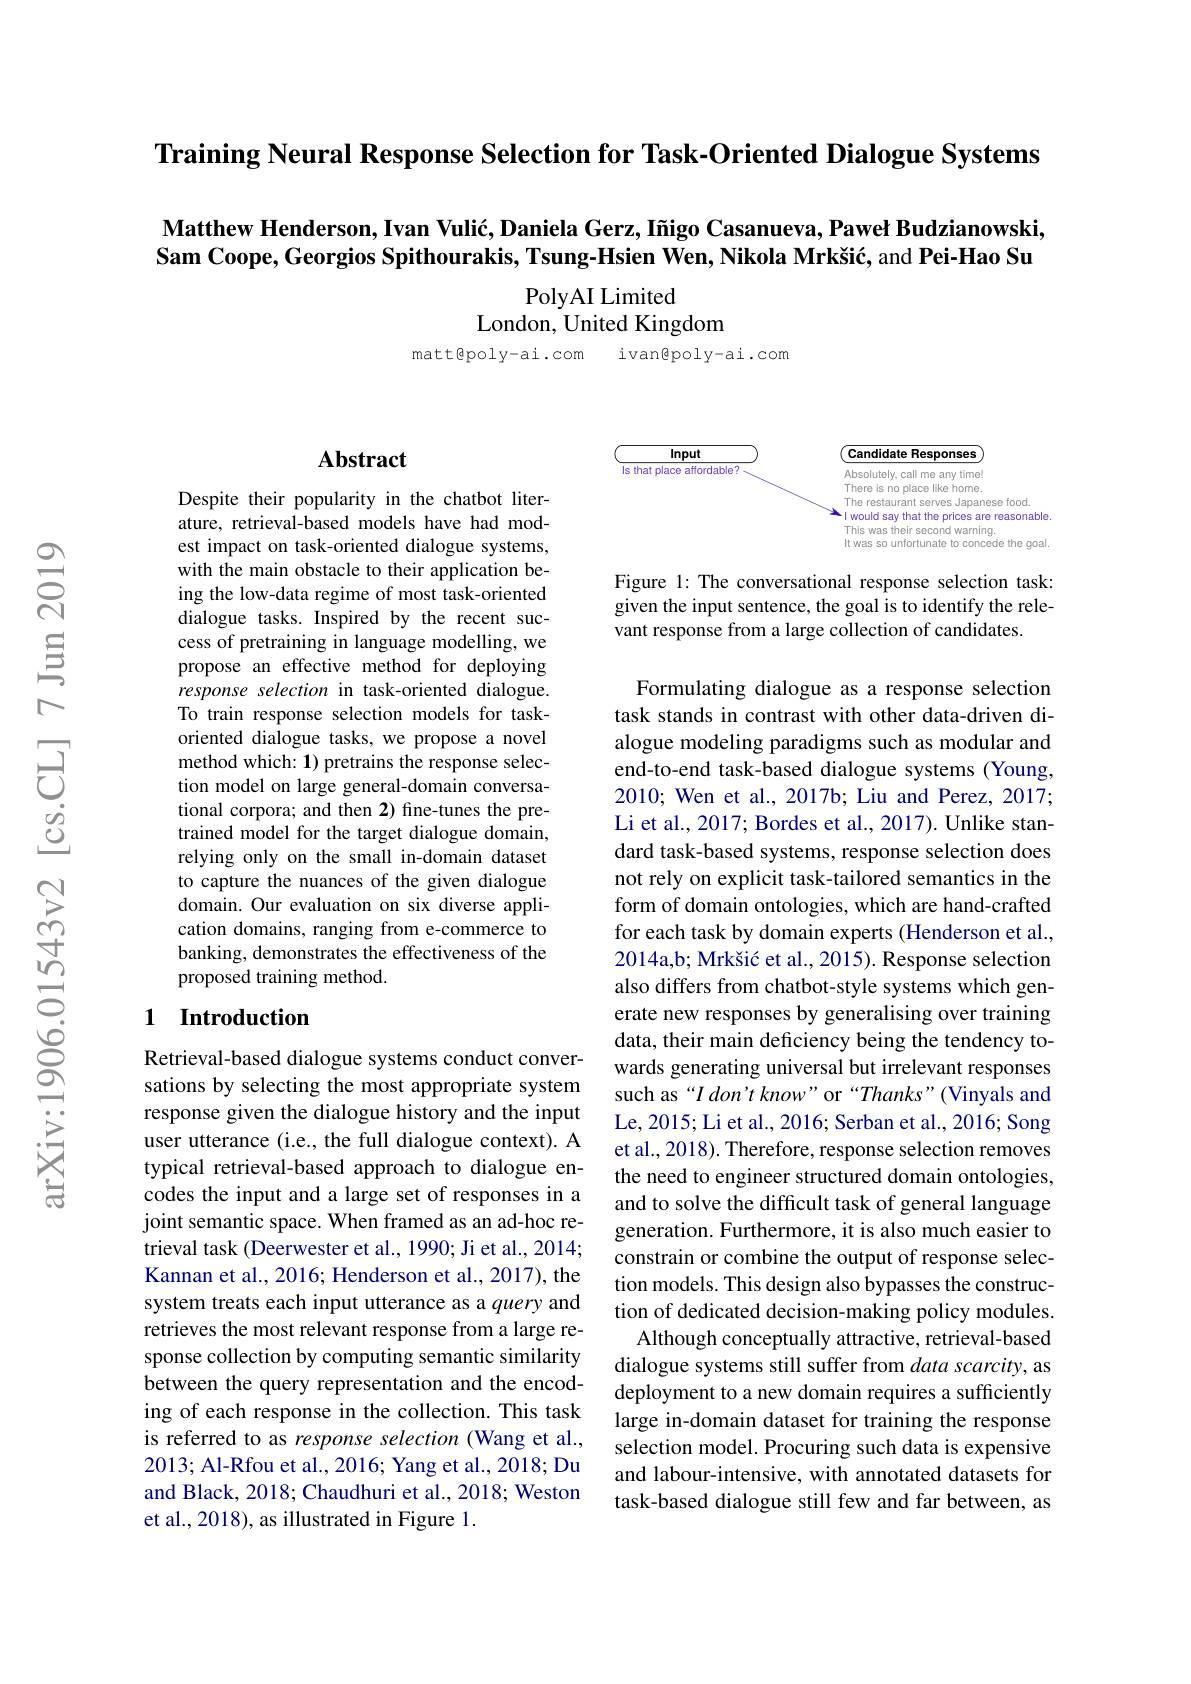
Training Neural Response Selection for Task-Oriented Dialogue Systems

### $\textbf{Matthew Henderson, Ivan Vuli\' {c}, Daniela Gerz, I\~ {n}igo Casanueva, Paweł Budzianowski, }$ Sam Coope, Georgios Spithourakis, Tsung-Hsien Wen, Nikola Mrkšić, and Pei-Hao Su

PolyAI Limited
London, United Kingdom

mattepoly-ai.com

ivangpoly-ai.com

### $\mathbf{Abstract}$

Despite their popularity in the chatbot literature, retrieval-based models have had modest impact on task-oriented dialogue systems, with the main obstacle to their application being the low-data regime of most task-oriented dialogue tasks. Inspired by the recent success of pretraining in language modelling, we propose an effective method for deploying response selection in task-oriented dialogue. To train response selection models for taskoriented dialogue tasks, we propose a novel method which: 1) pretrains the response selection model on large general-domain conversational corpora; and then 2) fine-tunes the pretrained model for the target dialogue domain, relying only on the small in-domain dataset to capture the nuances of the given dialogue domain. Our evaluation on six diverse application domains, ranging from e-commerce to banking, demonstrates the effectiveness of the proposed training method.

### 1 Introduction

Retrieval-based dialogue systems conduct conversations by selecting the most appropriate system response given the dialogue history and the input user utterance (i.e., the full dialogue context). A typical retrieval-based approach to dialogue encodes the input and a large set of responses in a joint semantic space. When framed as an ad-hoc retrieval task (Deerwester et al., 1990; Ji et al., 2014; Kannan et al., 2016; Henderson et al., 2017), the system treats each input utterance as a query and retrieves the most relevant response from a large response collection by computing semantic similarity between the query representation and the encoding of each response in the collection. This task is referred to as response selection (Wang et al., 2013; Al-Rfou et al., 2016; Yang et al., 2018; Du and Black, 2018; Chaudhuri et al., 2018; Weston et al., 2018), as illustrated in Figure 1.

<FigureHere>

Figure 1: The conversational response selection task: given the input sentence, the goal is to identify the relevant response from a large collection of candidates.

Formulating dialogue as a response selection task stands in contrast with other data-driven dialogue modeling paradigms such as modular and end-to-end task-based dialogue systems (Young, 2010; Wen et al., 2017b; Liu and Perez, 2017; Li et al., 2017; Bordes et al., 2017). Unlike standard task-based systems, response selection does not rely on explicit task-tailored semantics in the form of domain ontologies, which are hand-crafted for each task by domain experts (Henderson et al., 2014a,b; Mrkšić et al., 2015). Response selection also differs from chatbot-style systems which generate new responses by generalising over training data, their main deficiency being the tendency towards generating universal but irrelevant responses such as“I don't know” or“Thanks”(Vinyals and Le,2015; Li et al., 2016; Serban et al., 2016; Song et al., 2018). Therefore, response selection removes the need to engineer structured domain ontologies, and to solve the difficult task of general language generation. Furthermore, it is also much easier to constrain or combine the output of response selection models. This design also bypasses the construction of dedicated decision-making policy modules.
Although conceptually attractive, retrieval-based dialogue systems still suffer from $data\textit{scarcity, as}$ deployment to a new domain requires a sufficiently large in-domain dataset for training the response selection model. Procuring such data is expensive and labour-intensive, with annotated datasets for task-based dialogue still few and far between, as